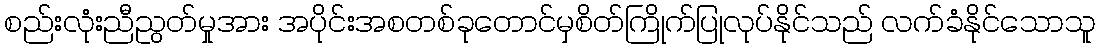
စည်းလုံးညီညွတ်မှုအား အပိုင်းအစတစ်ခုတောင်မှစိတ်ကြိုက်ပြုလုပ်နိုင်သည် လက်ခံနိုင်သောသူ